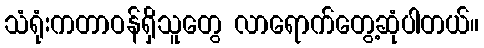
သံရုံးကတာဝန်ရှိသူတွေ လာရောက်တွေ့ဆုံပါတယ်။